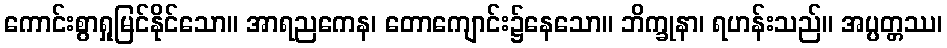
ကောင်းစွာရှုမြင်နိုင်သော။ အာရညကေန၊ တောကျောင်း၌နေသော။ ဘိက္ခုနာ၊ ရဟန်းသည်။ အပ္ပတ္တဿ၊